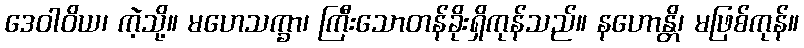
ဒေဝါဝိယ၊ ကဲ့သို့။ မဟေသက္ခာ၊ ကြီးသောတန်ခိုးရှိကုန်သည်။ နဟောန္တိ၊ မဖြစ်ကုန်။